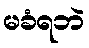
မခံရဘဲ